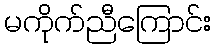
မကိုက်ညီကြောင်း